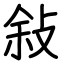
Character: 敍